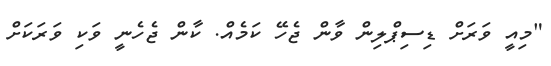
"މިއީ ވަރަށް ޑިސިޕްލިން ވާން ޖެހޭ ކަމެއް. ކާން ޖެހެނީ ވަކި ވަރަކަށް